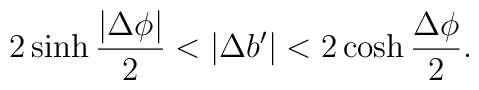
2\sinh{\frac{|\Delta\phi|}{2}}<|\Delta b'|<2\cosh{\frac{\Delta\phi}{2}}.